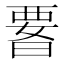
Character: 𭦫